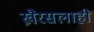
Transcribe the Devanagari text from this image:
खै़रसलाही